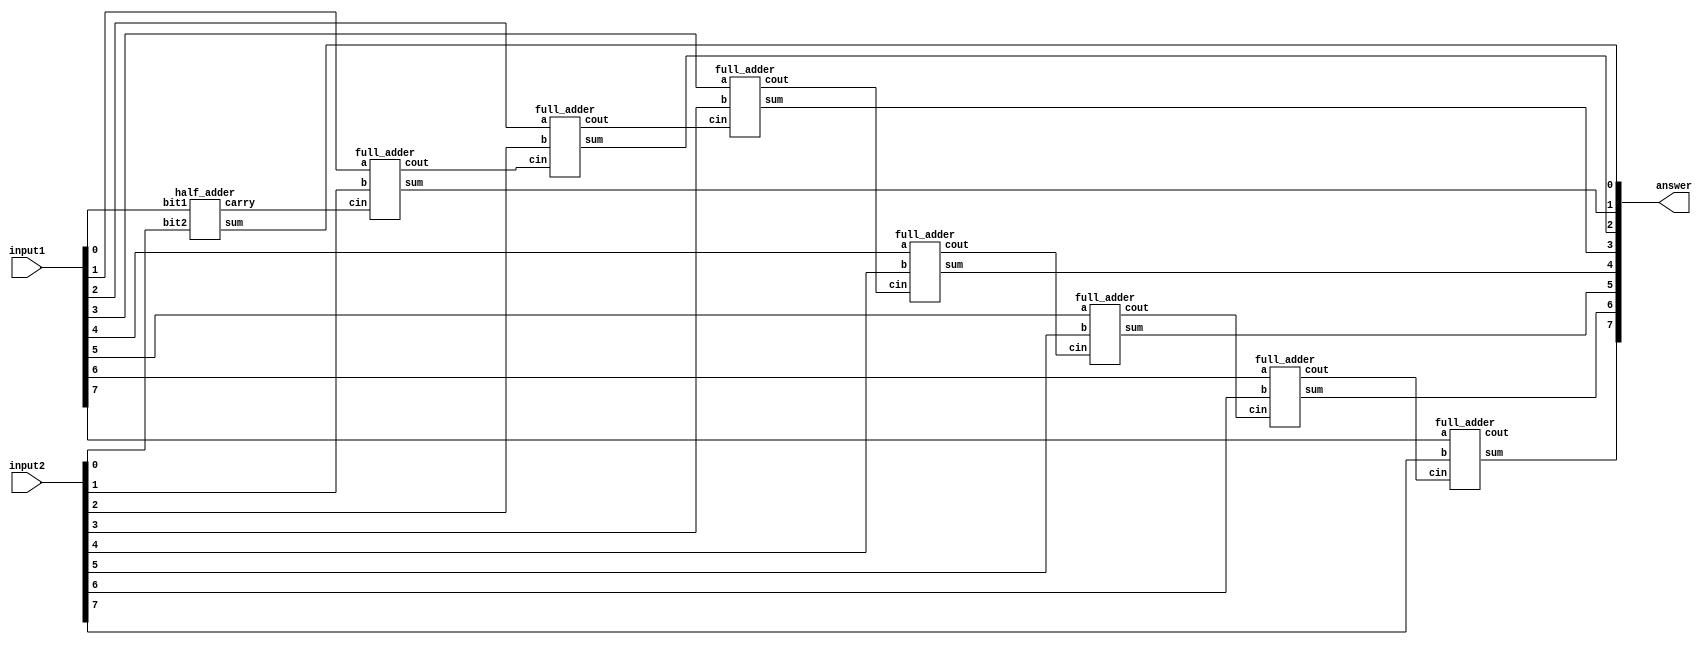

module N_bit_adder
#(parameter N = 8)
(
    input [N-1:0] input1, input2,
    output [N-1:0] answer
);
    wire [N-1:0] carry;
    wire carry_out;
    genvar i;

    generate
      for (i = 0; i < N; i = i + 1) begin
        if (i == 0)
          half_adder ha (input1[0], input2[0], answer[0], carry[0]);
        else
          full_adder fa (input1[i], input2[i], carry[i-1], answer[i], carry[i]);
      end
        assign carry_out = carry[N-1];
    endgenerate
endmodule


module half_adder(bit1, bit2, sum, carry);
    input bit1, bit2;
    output sum, carry;
    assign sum = bit1 ^ bit2;
    assign carry = bit1 & bit2;
endmodule

module full_adder (
    input a, b, cin,
    output sum, cout
);
    assign sum = a ^ b ^ cin;
    assign cout = (a & b) | (cin & (a ^ b));
 
endmodule